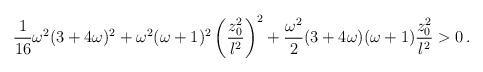
LaTeX: \begin{align*}{1\over {16}} \omega^2 (3+4\omega)^2 + \omega^2 (\omega+1)^2\left({{z_0 ^2}\over l^2} \right)^2 + {\omega^2 \over 2} (3+4\omega)(\omega+1) {{z_0 ^2}\over l^2} >0 \, .\end{align*}